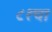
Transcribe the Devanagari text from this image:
८१चा